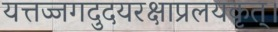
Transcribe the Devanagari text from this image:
यत्तज्जगदुदयरक्षाप्रलयकृत्।